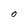
Character: O